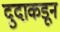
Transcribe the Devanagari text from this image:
दुदाकडून